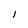
Character: 1